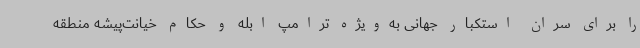
را برای سران استکبار جهانی به‌ویژه ترامپ ابله و حکام خیانت‌پیشه منطقه